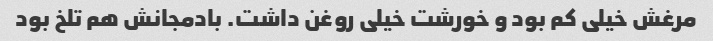
مرغش خیلی کم بود و خورشت خیلی روغن داشت. بادمجانش هم تلخ بود